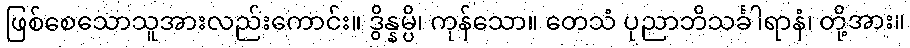
ဖြစ်စေသောသူအားလည်းကောင်း။ ဒွိန္နမ္ပိ၊ ကုန်သော။ တေသံ ပုညာဘိသင်္ခါရာနံ၊ တို့အား။